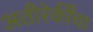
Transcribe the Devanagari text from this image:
अतीरेकींचा